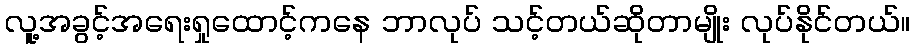
လူ့အခွင့်အရေးရှုထောင့်ကနေ ဘာလုပ် သင့်တယ်ဆိုတာမျိုး လုပ်နိုင်တယ်။